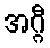
အဂ္ဂီ